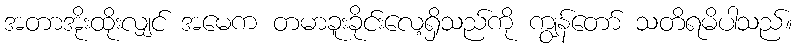
အတာအိုးထိုးလျှင် အမေက တမာခူးခိုင်းလေ့ရှိသည်ကို ကျွန်တော် သတိရမိပါသည်။